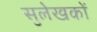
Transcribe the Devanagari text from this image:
सुलेखकों